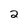
Character: 2